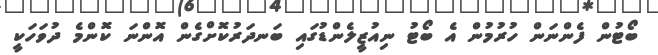
ބޯޓުން ފެންނަން ހުރުމުން އެ ބޯޓު ނިއުޒީލެންޑުގައި ބަނދަރުކޮށްގެން އޮންނަ ކޮންމެ ދުވަހަކީ